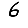
Digit: 6